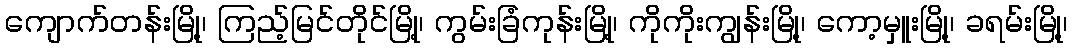
ကျောက်တန်းမြို့၊ ကြည့်မြင်တိုင်မြို့၊ ကွမ်းခြံကုန်းမြို့၊ ကိုကိုးကျွန်းမြို့၊ ကော့မှူးမြို့၊ ခရမ်းမြို့၊